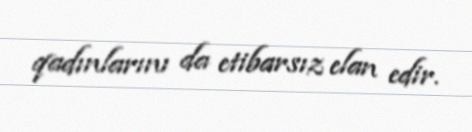
qadınlarını da etibarsız elan edir.